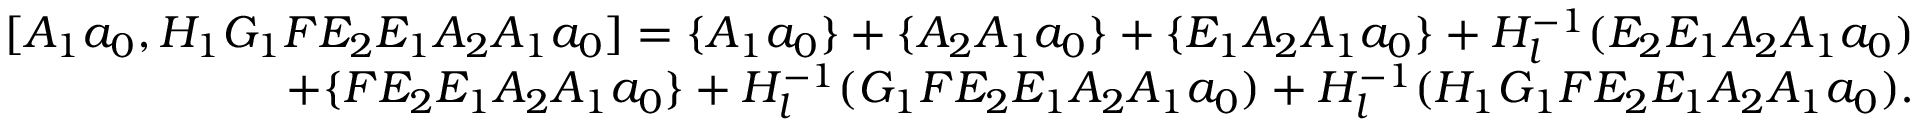
\begin{array} { r } { [ A _ { 1 } a _ { 0 } , H _ { 1 } G _ { 1 } F E _ { 2 } E _ { 1 } A _ { 2 } A _ { 1 } a _ { 0 } ] = \{ A _ { 1 } a _ { 0 } \} + \{ A _ { 2 } A _ { 1 } a _ { 0 } \} + \{ E _ { 1 } A _ { 2 } A _ { 1 } a _ { 0 } \} + H _ { l } ^ { - 1 } ( E _ { 2 } E _ { 1 } A _ { 2 } A _ { 1 } a _ { 0 } ) } \\ { + \{ F E _ { 2 } E _ { 1 } A _ { 2 } A _ { 1 } a _ { 0 } \} + H _ { l } ^ { - 1 } ( G _ { 1 } F E _ { 2 } E _ { 1 } A _ { 2 } A _ { 1 } a _ { 0 } ) + H _ { l } ^ { - 1 } ( H _ { 1 } G _ { 1 } F E _ { 2 } E _ { 1 } A _ { 2 } A _ { 1 } a _ { 0 } ) . } \end{array}